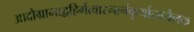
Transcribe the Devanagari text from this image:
आदौग्रामाद्वहिर्गत्वास्नानंकुर्यात्सचैलकं